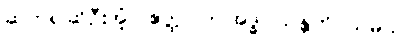
ဆက်၍ဆိုဦးအံ့။ ဧတ္ထ၊ ဤအဒ္ဓါ သန္တတိ သမယ